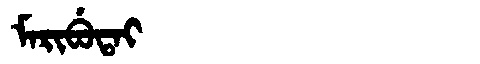
Manchu: ᠮᠠᡵᡳᠪᡠᡨᠠᡳ
Romanization: MARIBUTAI